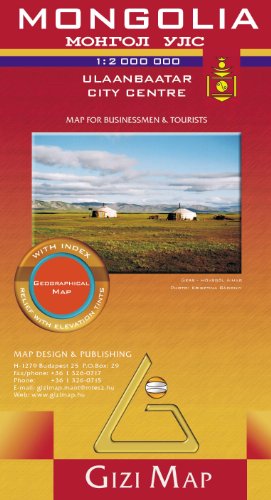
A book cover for Mongolia 1:2,000,000 Travel Map GIZI, 2012 edition; Gizi Maps; Travel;